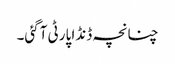
چنانچہ ڈنڈا پارٹی آگئی۔